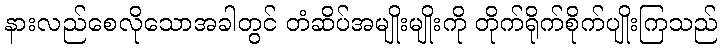
နားလည်စေလိုသောအခါတွင် တံဆိပ်အမျိုးမျိုးကို တိုက်ရိုက်စိုက်ပျိုးကြသည်